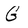
Character: G